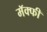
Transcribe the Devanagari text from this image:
मॅक्फी